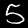
Digit: 5